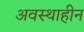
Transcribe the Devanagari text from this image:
अवस्थाहीन